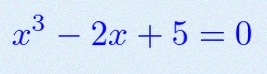
x^3-2x+5=0